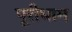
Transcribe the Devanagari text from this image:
पूरीधाम